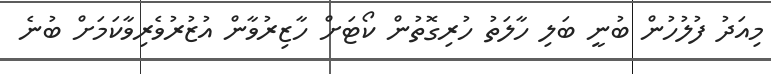
މިއަދު ފުލުހުން ބުނީ ބަލި ހާލަތު ހުރިގޮތުން ކޯޓަށް ހާޒިރުވާން އުޒުރުވެރިވާކަމަށް ބުނެ